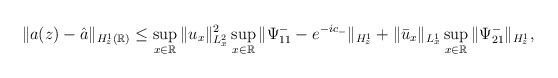
\begin{align*}\begin{aligned}\|a(z)-\hat{a}\|_{H_z^1(\mathbb{R})}&\leq \sup_{x\in \mathbb{R}} \| u_x \|_{L^2_x}^2\sup_{x\in \mathbb{R}} \| \Psi^-_{11}-e^{-ic_-}\|_{H_z^1} +\|\bar{u}_x \|_{L^1_x} \sup_{x\in \mathbb{R}} \| \Psi^-_{21}\|_{H_z^1},\end{aligned}\end{align*}